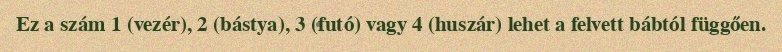
Ez a szám 1 (vezér), 2 (bástya), 3 (futó) vagy 4 (huszár) lehet a felvett bábtól függően.